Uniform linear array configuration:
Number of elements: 8
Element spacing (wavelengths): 0.75
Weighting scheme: hamming
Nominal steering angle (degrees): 45
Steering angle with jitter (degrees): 46.219
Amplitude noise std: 0.05
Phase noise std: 0.05

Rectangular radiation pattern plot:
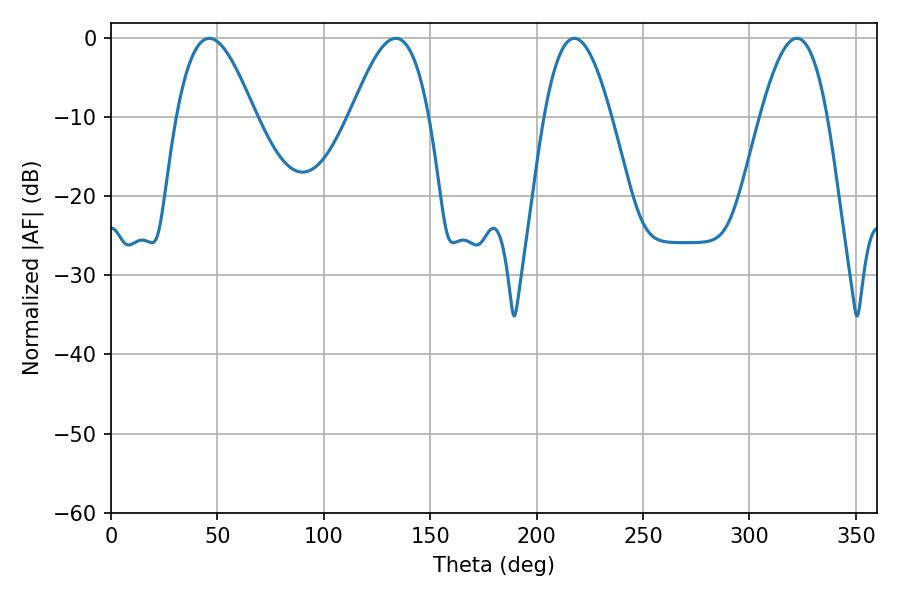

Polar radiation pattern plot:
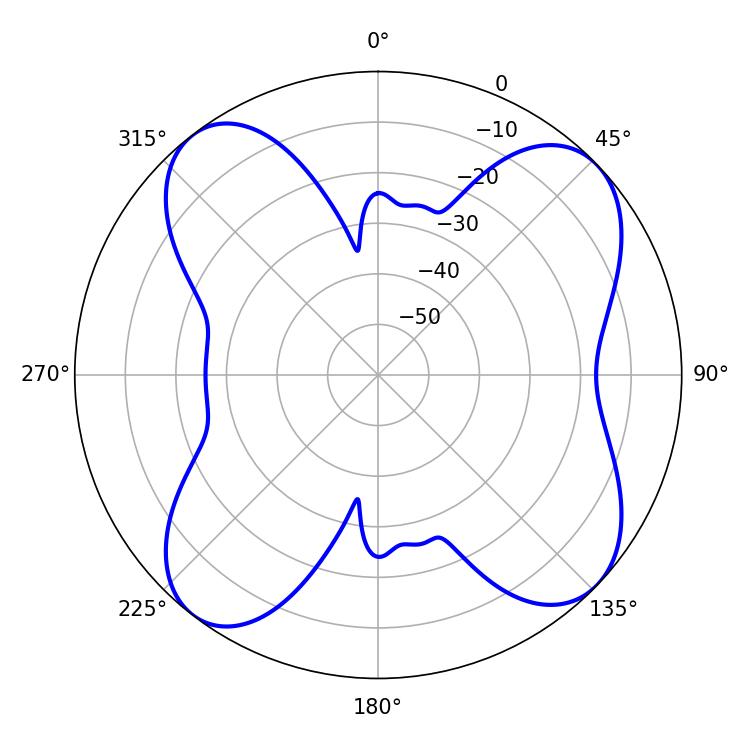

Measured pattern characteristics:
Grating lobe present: TRUE
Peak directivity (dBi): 10.744
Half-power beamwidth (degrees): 19.8
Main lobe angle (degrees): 46.26